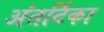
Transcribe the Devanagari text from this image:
अंतर्टिका